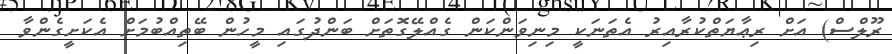
ރޫލްސް) އަށް ރިޢާޔަތްކުރާއިރު އެތަނަކީ މިނިވަންކަން ގެއްލޭގޮތަށް ބަންދުގައި މީހުން ބޭތިއްބުމަށް އެކަށީގެންވާ